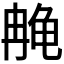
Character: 𫜳